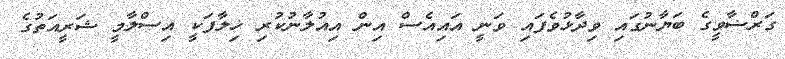
ގަރްޟާވީގެ ބަޔާނުގައި ވިދާޅުވެފައި ވަނީ އައިއެސް އިން އިއުލާނުކުރި ޚިލާފަކީ އިސްލާމީ ޝަރީއަތުގެ